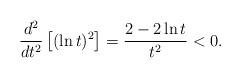
LaTeX: \begin{align*}\frac{d^2}{dt^2}\left[(\ln t)^2 \right] = \frac{2-2\ln t}{t^2} < 0. \end{align*}